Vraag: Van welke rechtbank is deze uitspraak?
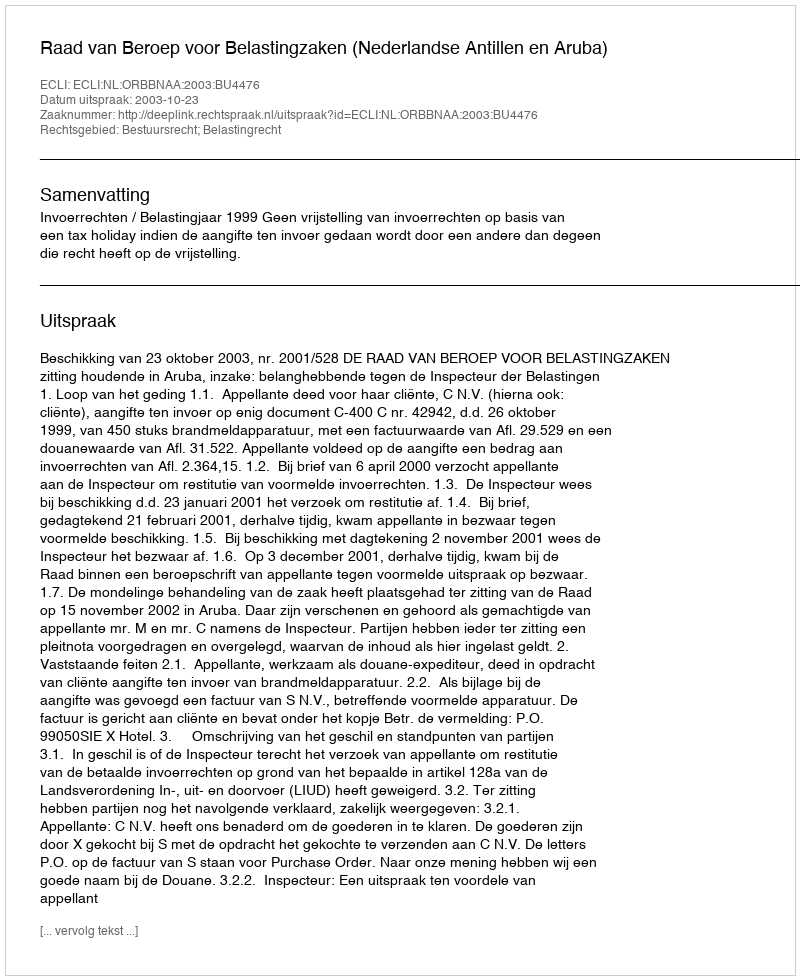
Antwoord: Raad van Beroep voor Belastingzaken (Nederlandse Antillen en Aruba)